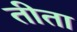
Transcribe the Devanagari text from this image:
तीता